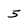
Character: 5